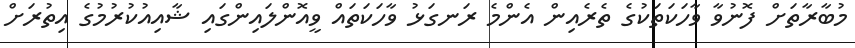
މުބާރާތަށް ފޮނުވާ ވާހަކަތަކުގެ ތެރެއިން އެންމެ ރަނގަޅު ވާހަކަތައް ވީއޮންލައިންގައި ޝާއިއުކުރުމުގެ އިތުރަށް